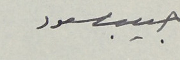
حبيب مسعود